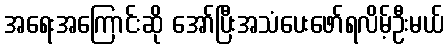
အရေးအကြောင်းဆို အော်ပြီးအသံပေးဖော်ရလိမ့်ဦးမယ်